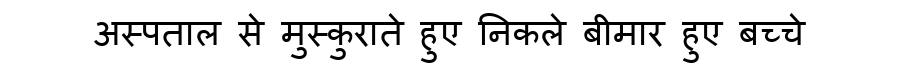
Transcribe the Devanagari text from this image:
अस्पताल से मुस्कुराते हुए निकले बीमार हुए बच्चे